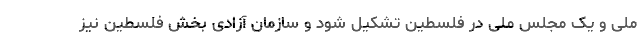
ملی و یک مجلس ملی در فلسطین تشکیل شود و سازمان آزادی بخش فلسطین نیز